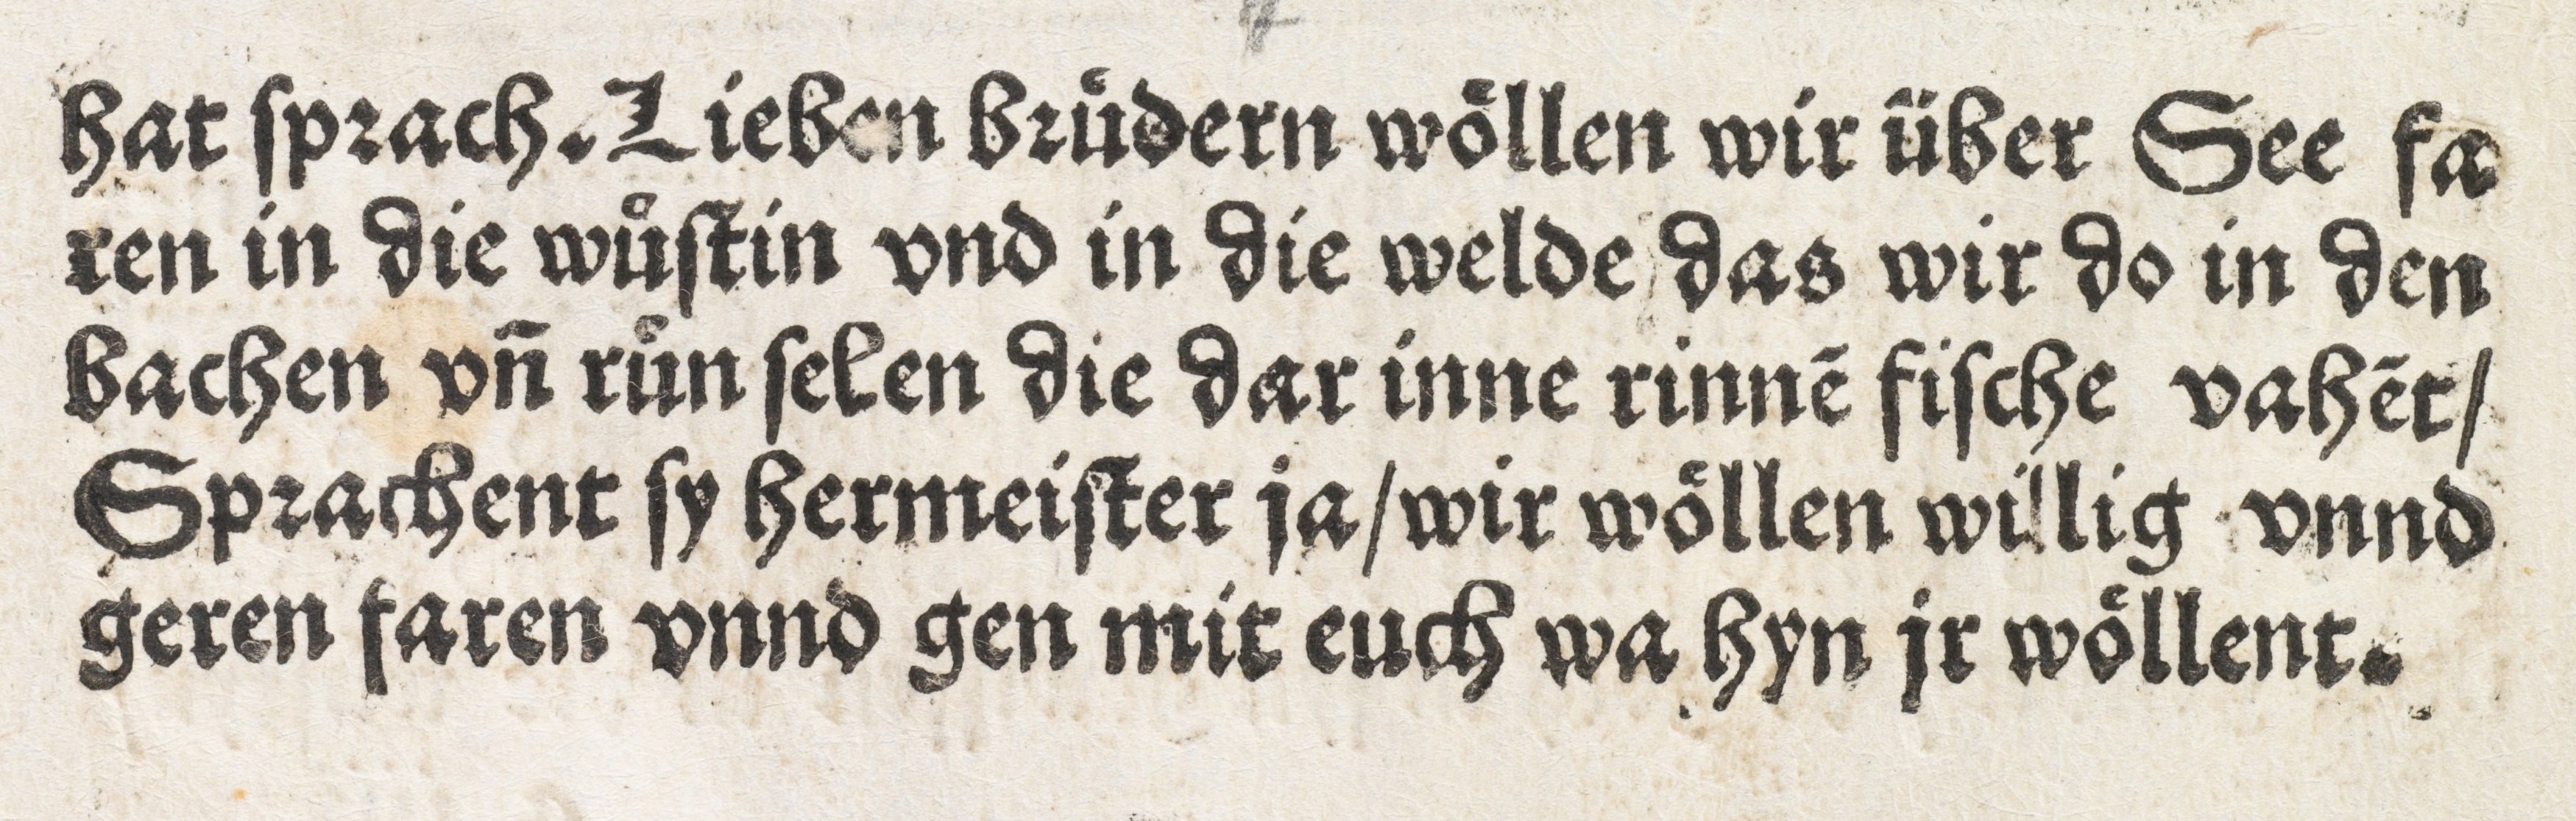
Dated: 1505–1505